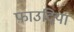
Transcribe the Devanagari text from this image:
फ़ाउदिया